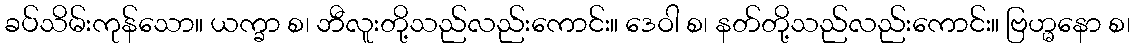
ခပ်သိမ်းကုန်သော။ ယက္ခာ စ၊ ဘီလူးတို့သည်လည်းကောင်း။ ဒေဝါ စ၊ နတ်တို့သည်လည်းကောင်း။ ဗြဟ္မနော စ၊